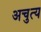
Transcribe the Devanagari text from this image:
अचुत्य